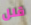
قلل